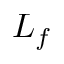
L _ { f }